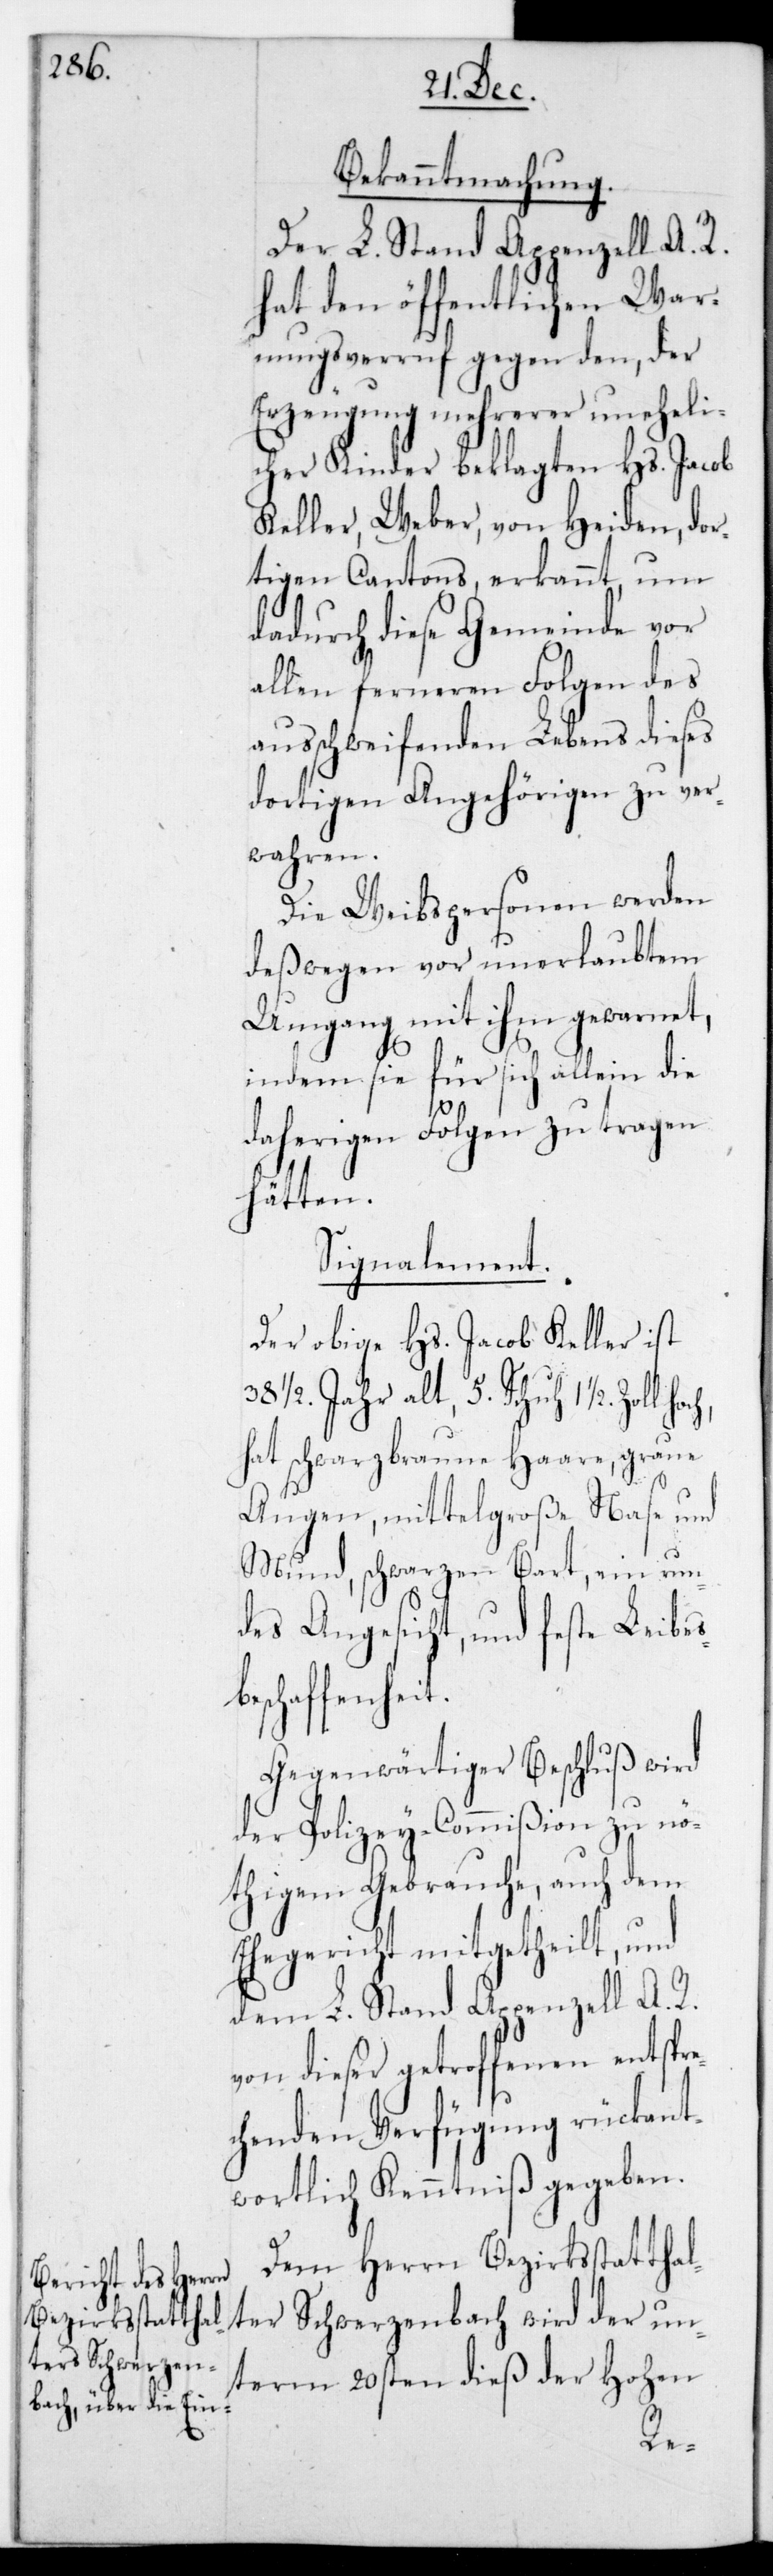
Bekanntmachung.
Der L. Stand Appenzell A. R.
hat den öffentlichen War¬
nungsverruf gegen den, der
Erzeugung mehrerer uneheli¬
cher Kinder beklagten Hs. Jacob
Keller, Weber, von Heiden dor¬
tigen Cantons, erkannt, um
dadurch diese Gemeinde vor
allen ferneren Folgen des
ausschweifenden Lebens dieses
dortigen Angehörigen zu ver¬
wahren.
Die Weibspersonen werden
deswegen vor unerlaubtem
Umgang mit hm gewarnet,
indem sie für sich allein die
daherigen Folgen zu tragen
hätten.
Signalement.
Der obige Hs. Jacob Keller ist
1/2. Jahr alt, 5. Schuh
hat schwarzbraune Haare, graue
Augen, mittelgroße Nase und
Mund, schwarzen Bart, ein run¬
des Angesicht und feste Leibes¬
beschaffenheit.
Gegenwärtiger Beschluß wird
der Polizey-Commißion zu nö¬
thigem Gebrauche, auch dem
Ehegericht mitgetheilt, und
dem L. Stand Appenzell A. R.
von dieser getroffenen entspre¬
chenden Verfügung rückant¬
wortlich Kenntniß gegeben.
Dem Herrn Bezirksstattha¬
lter Schwerzenbach wird der un¬
term 20sten dieß der Hohen